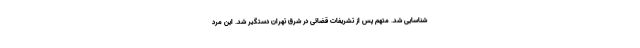
شناسایی شد. متهم پس از تشریفات قضائی در شرق تهران دستگیر شد. این مرد